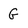
Character: G